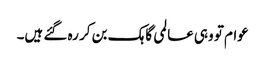
عوام تو وہی عالمی گاہک بن کر رہ گئے ہیں۔